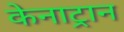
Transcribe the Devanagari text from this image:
केनाट्रान